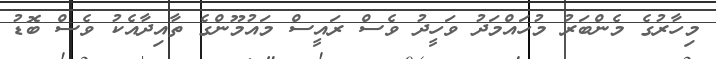
މިހާރުގެ މެންބަރު މުހައްމަދު ވަހީދު ވެސް ރައީސް މައުމޫންގެ ތާއިދާއެކު ވެސް ބޮޑު